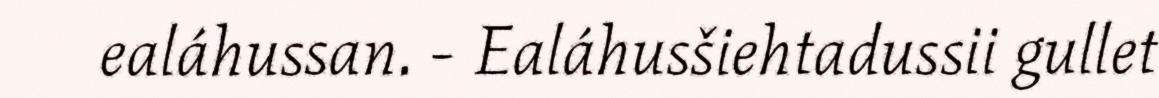
ealáhussan. - Ealáhusšiehtadussii gullet